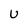
Character: U